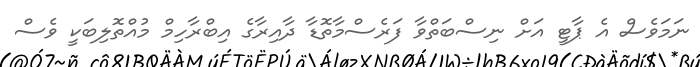
ނަމަވެސް އެ ޕާޓީ އަށް ނިސްބަތްވާ ފަރެސްމާތޮޑާ ދާއިރާގެ އިބްރާހިމް މުއްތޮލިބަކީ ވެސް